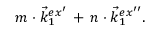
m \cdot \vec { k } _ { 1 } ^ { e x ^ { \prime } } \, + \, n \cdot \vec { k } _ { 1 } ^ { e x ^ { \prime \prime } } .